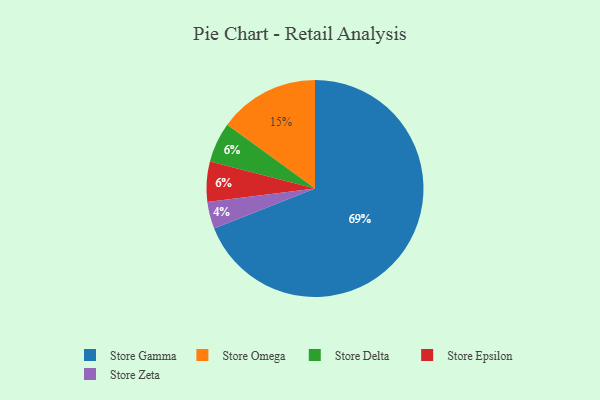
{"axis": {"x": "Category", "y": "Percentage"}, "legend": ["Store Delta", "Store Epsilon", "Store Gamma", "Store Omega", "Store Zeta"], "data": [{"x": "Store Zeta", "y": 4, "type": "Store Zeta"}, {"x": "Store Gamma", "y": 69, "type": "Store Gamma"}, {"x": "Store Delta", "y": 6, "type": "Store Delta"}, {"x": "Store Omega", "y": 15, "type": "Store Omega"}, {"x": "Store Epsilon", "y": 6, "type": "Store Epsilon"}]}